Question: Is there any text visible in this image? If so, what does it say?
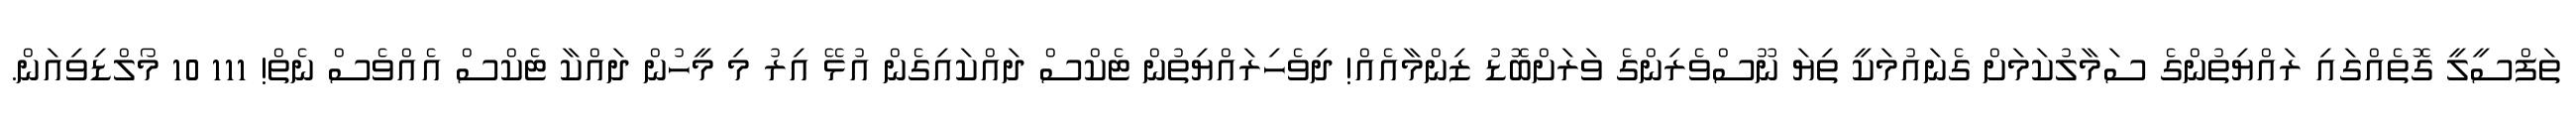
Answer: ތަފްސީލީ ގޮތެއްގައި ރައްޔިތުންގެ ސަމާލުކަމަށް ގެނައުމަކީ ތިޔަ ނޫސްވެރިންގެ ވަރަށްބޮޑު ޒިންމާއެއް! ދިވެހިރައްޔިތުން ޓެކްސް ދައްކައިގެން އުޅޭ އިރު މި މީހުން ދައްކާ ޓެކްސް އެއްވެސް ނެތް! 111 10 މޯލްޑިވިއަން.